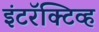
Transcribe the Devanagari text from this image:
इंटरॅक्टिव्ह